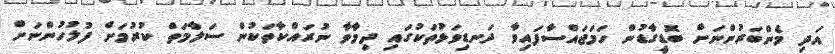
އަދި މެންބަރުންނަށް ބޮޑީގާޑުން ހަމަޖައްސާފައިވާ ދަނޑިވަޅުތަކުގައި ދިމާވާ ނުރައްކާތަކުން ސަލާމަތް ކުރުމަށް ފުލުހުންނަށް